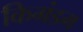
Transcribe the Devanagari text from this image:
किगंडम